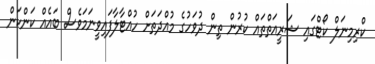
ކްރިމިނަލް ކޯޓްގައި ޝަރީއަތްތައް ކުރުން ތިން ދުވަހުގެ މުއްދަތަށް ހުއްޓާލާފައިވީނަމަވެސް ބައެއް ކަންކަން